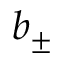
b _ { \pm }